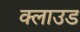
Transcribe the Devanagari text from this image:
क्‍लाउड